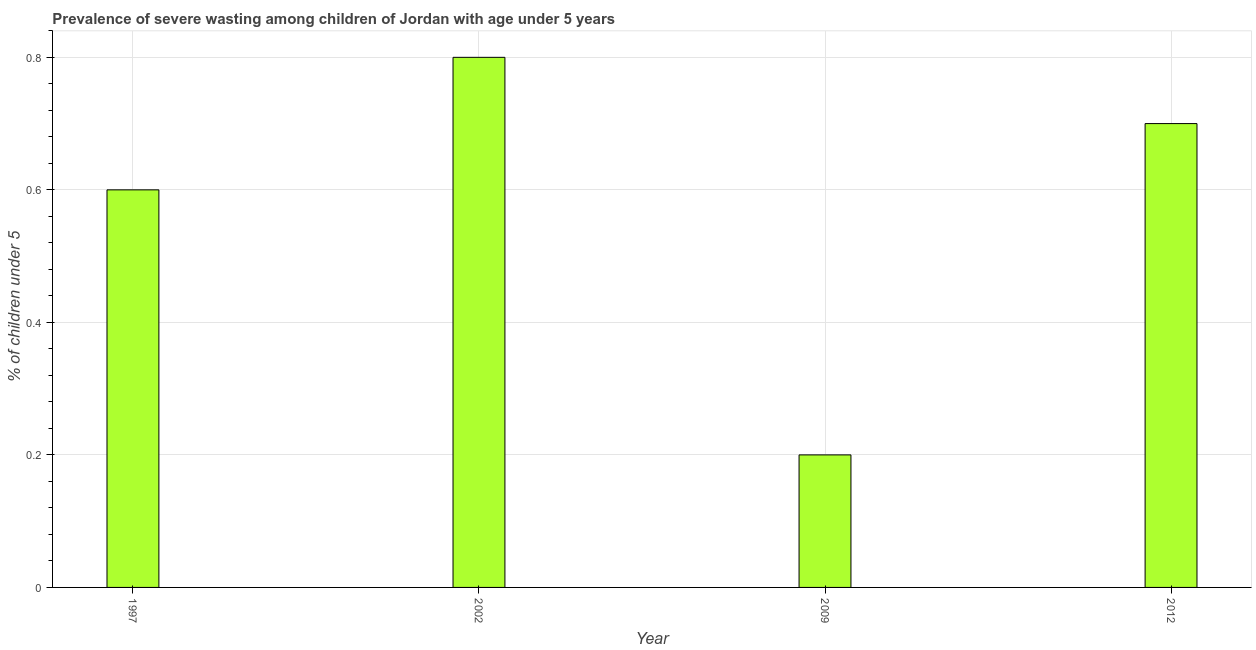
| Year | Prevalence of severe wasting |
 | --- | --- |
 | 1997 | 0.6 |
 | 2002 | 0.8 |
 | 2009 | 0.2 |
 | 2012 | 0.7 |